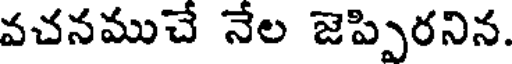
వచనముచే నేల జెప్పిరనిన.